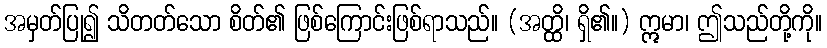
အမှတ်ပြု၍ သိတတ်သော စိတ်၏ ဖြစ်ကြောင်းဖြစ်ရာသည်။ (အတ္ထိ၊ ရှိ၏။) ဣမာ၊ ဤသည်တို့ကို။